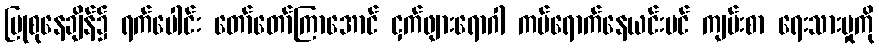
ပြုစုနေချိန်၌ ရက်ပေါင်း တော်တော်ကြာအောင် ငှက်ဖျားရောဂါ ကပ်ရောက်နေယင်းပင် ကျမ်းစာ ရေးသားမှုကို